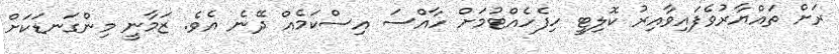
ރަށް ތައްޔާރުވެފައިވާއިރު ކޮލިޓީ ހިފެހެއްޓުމަށް ހާއްސަ އިސްކަމެއް ދޭނެ އެވެ. ޒަމާނީ މިންގަނޑަކަށް